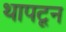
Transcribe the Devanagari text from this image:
थापटून